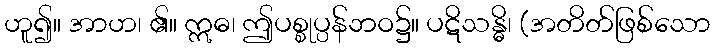
ဟူ၍။ အာဟ၊ ၏။ ဣဓ၊ ဤပစ္စုပ္ပန်ဘဝ၌။ ပဋိသန္ဓိ၊ (အတိတ်ဖြစ်သော